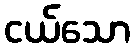
ငယ်သော